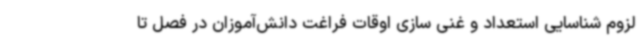
لزوم شناسایی استعداد و غنی سازی اوقات فراغت دانش‌آموزان در فصل تا